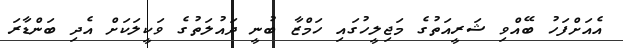
އެއަށްފަހު ބޭއްވި ޝަރީއަތުގެ މަޖިލީހުގައި ހަމްޒާ ބުނީ ދައުލަތުގެ ވަކީލަކަށް އެދި ބަންޑާރަ